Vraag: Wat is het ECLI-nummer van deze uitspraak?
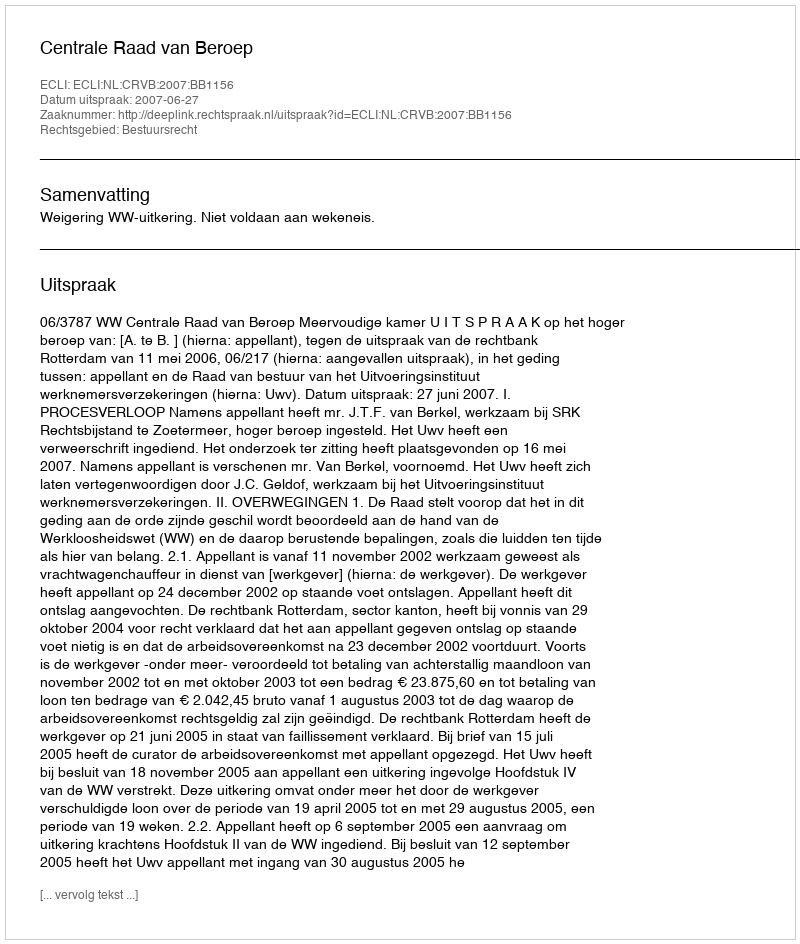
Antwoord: ECLI:NL:CRVB:2007:BB1156